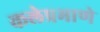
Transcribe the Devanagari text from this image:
कलेप्रमाणे